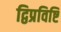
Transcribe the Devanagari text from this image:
द्विप्रविष्टि